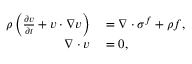
\begin{array} { r l } { \rho \left( \frac { \partial \v { v } } { \partial t } + { \boldsymbol { v } } \cdot \nabla { \boldsymbol { v } } \right) } & { { } = \nabla \cdot { \boldsymbol { \sigma } } ^ { f } + \rho { \boldsymbol { f } } , } \\ { \nabla \cdot { \boldsymbol { v } } } & { { } = 0 , } \end{array}